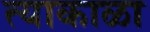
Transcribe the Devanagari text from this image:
त्याकाळा